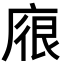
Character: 𢉟